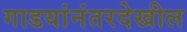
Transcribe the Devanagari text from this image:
गाडयांनंतरदेखील